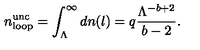
n _ { \mathrm { l o o p } } ^ { \mathrm { u n c } } = \int _ { \Lambda } ^ { \infty } d n ( l ) = q \frac { \Lambda ^ { - b + 2 } } { b - 2 } . \,